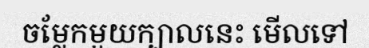
ចម្លែកមួយក្បាលនេះ មើលទៅ